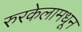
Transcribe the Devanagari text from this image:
रुरकेलामधून